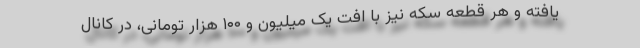
یافته و هر قطعه سکه نیز با افت یک میلیون و ۱۰۰ هزار تومانی، در کانال